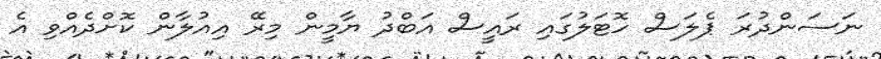
ނަސަންދުރަ ޕެލަސް ހޮޓަލުގައި ރައީސް އަބްދު ޔާމީން މިރޭ އިއުލާން ކޮށްދެއްވި އެ